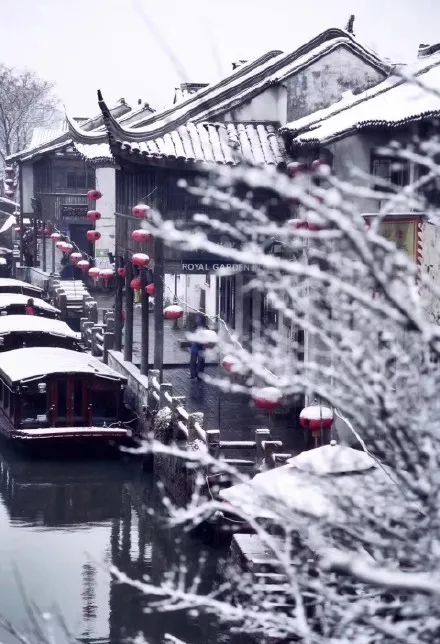
梅花大庾岭头发，柳絮章台街里飞。